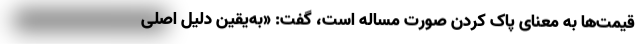
قیمت‌ها به معنای پاک کردن صورت مساله است، گفت: «به‌یقین دلیل اصلی